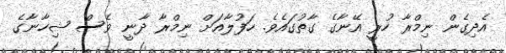
އެދިގެން ނިމްރާ ހުރީ އޭނާގެ ގާތުގައެވެ. ހަފުލާއަށް ނިމްރާ ދާނީ ވެސް ޝިހާނާގެ